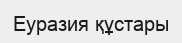
Еуразия құстары